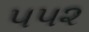
૫૫૨